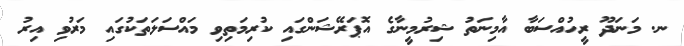
ނ. މަނަދޫ ރީހުއްސަބާ އާމިނަތު ޝިރުމީނާގެ އޮޕަރޭޝަންގައި ކުރިމަތިވި މައްސަލަތަކުގައި މަރުވި އިރު